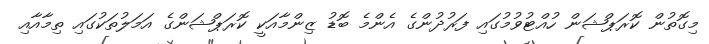
މިގޮތުން ކޮރަޕްޝަން ހުއްޓުވުމުގައި ފަރުދުންގެ އެންމެ ބޮޑު ޒިންމާއަކީ ކޮރަޕްޝަންގެ އަމަލުތަކުގައި ތިމާއާއި